Plague in India, 1896, 1897 - Volume 3
Year: 1896
Disease focus: Plague
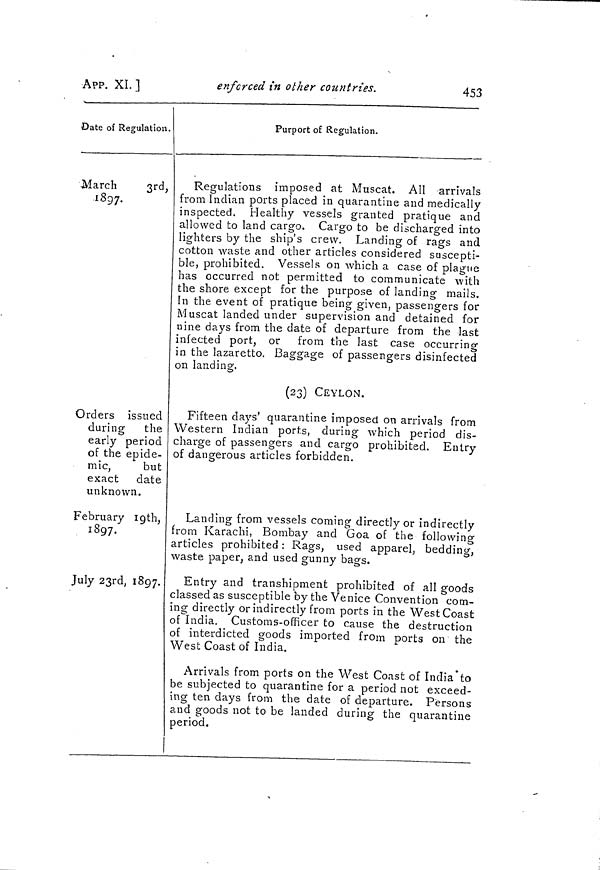
453
APP. XI. ]
enforced in other countries.
Date of Regulation.
March
3rd,
1897.
Orders issued
during the
early period
of the epide-
mic,
but
exact date
unknown.
February 19th,
1897.
July 23rd, 1897.
Purport of Regulation.
Regulations imposed at Muscat. All arrivals
from Indian ports placed in quarantine and medically
inspected. Healthy vessels granted pratique and
allowed to land cargo. Cargo to be discharged into
lighters by the ship's crew. Landing of rags and
cotton waste and other articles considered suscepti-
ble, prohibited. Vessels on which a case of plague
has occurred not permitted to communicate with
the shore except for the purpose of landing mails.
In the event of pratique being given, passengers for
Muscat landed under supervision and detained for
nine days from the date of departure from the last
infected port, or from the last case occurring
in the lazaretto. Baggage of passengers disinfected
on landing.
(23) CEYLON.
Fifteen days' quarantine imposed on arrivals from
Western Indian ports, during which period dis-
charge of passengers and cargo prohibited. Entry
of dangerous articles forbidden.
Landing from vessels coming directly or indirectly
from Karachi, Bombay and Goa of the following
articles prohibited : Rags, used apparel, bedding,
waste paper, and used gunny bags.
Entry and transhipment prohibited of all goods
classed as susceptible by the Venice Convention com-
ing directly or indirectly from ports in the West Coast
of India. Customs-officer to cause the destruction
of interdicted goods imported from ports on the
West Coast of India.
Arrivals from ports on the West Coast of India to
be subjected to quarantine for a period not exceed-
ing ten days from the date of departure. Persons
and goods not to be landed during the quarantine
period.